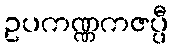
ဥပကဏ္ဏကဇပ္ပီ